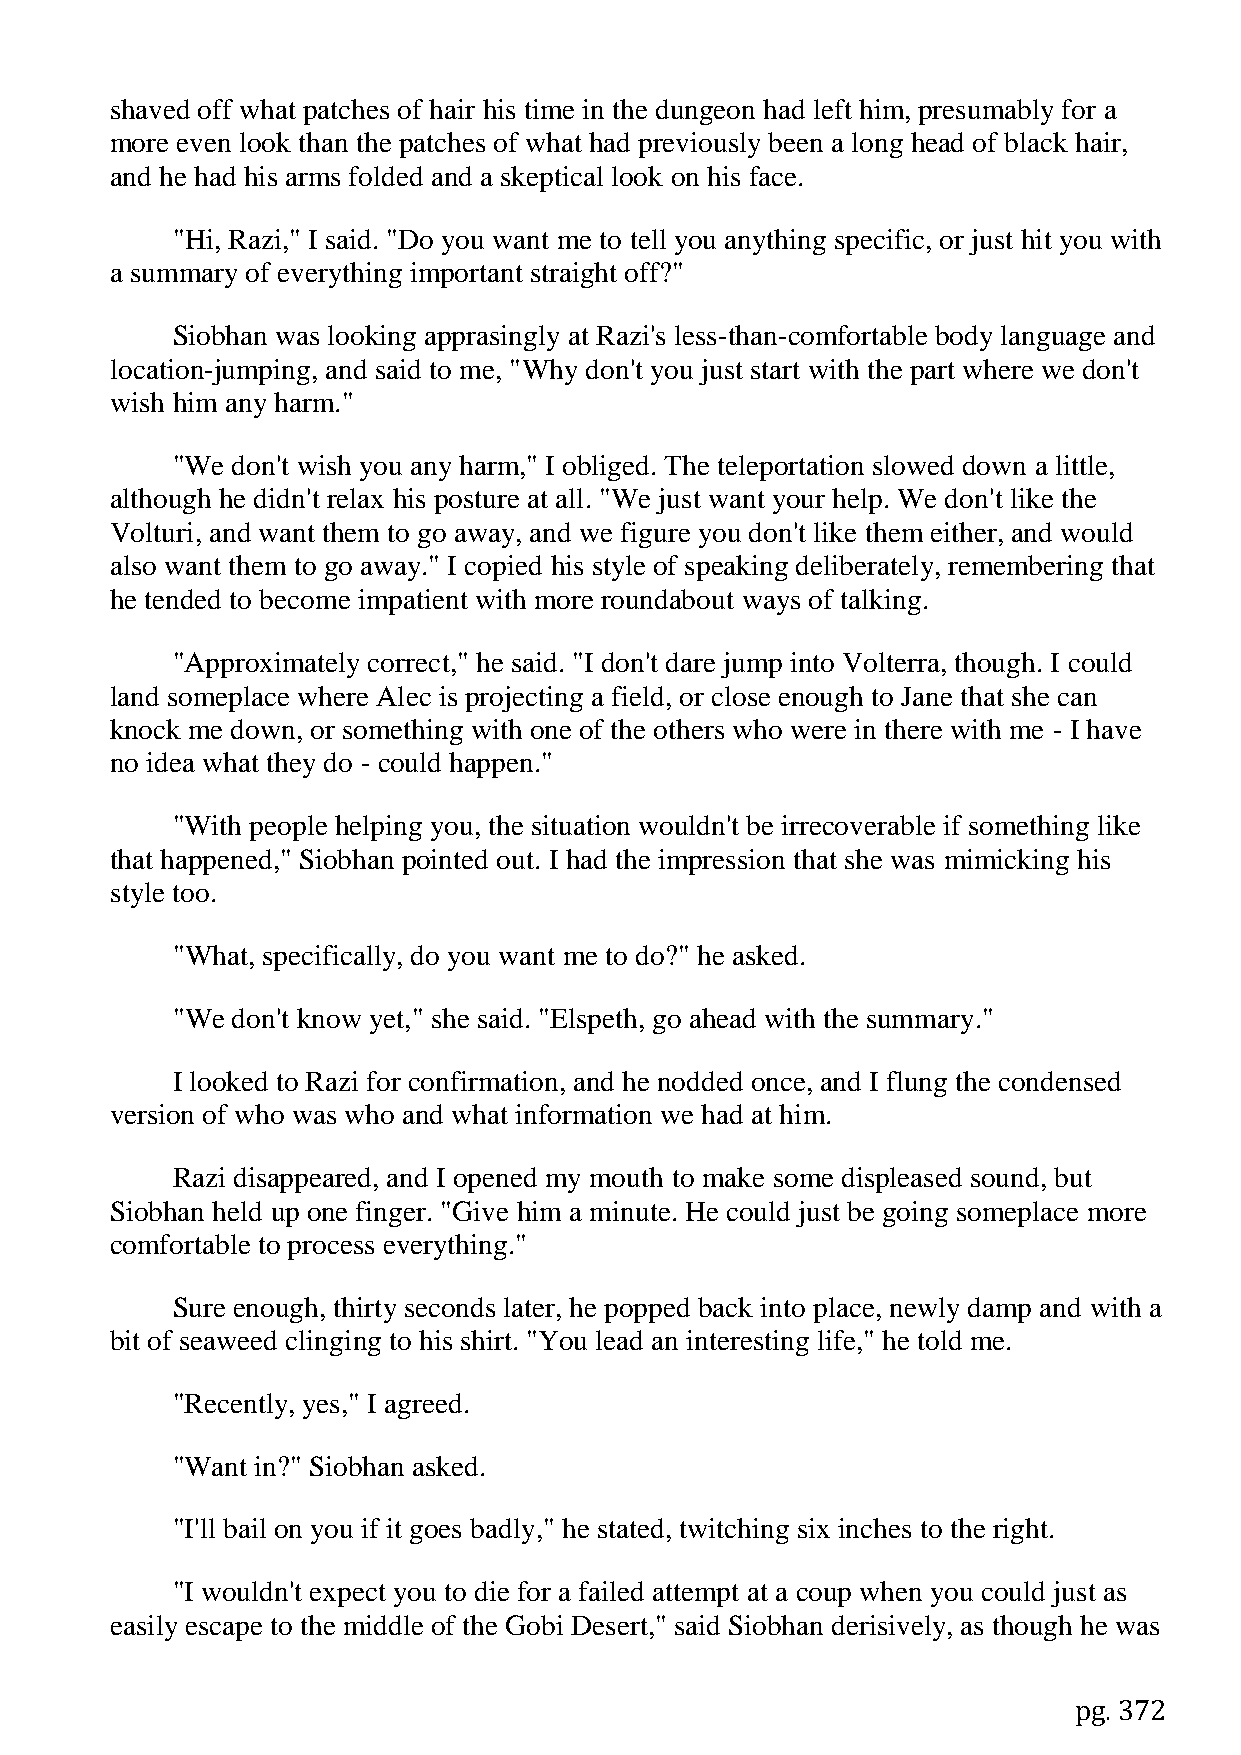
shaved off what patches of hair his time in the dungeon had left him, presumably for a
 more even look than the patches of what had previously been a long head of black hair,
 and he had his arms folded and a skeptical look on his face.
 "Hi, Razi," I said. "Do you want me to tell you anything specific, or just hit you with
 a summary of everything important straight off?"
 Siobhan was looking apprasingly at Razi's less-than-comfortable body language and
 location-jumping, and said to me, "Why don't you just start with the part where we don't
 wish him any harm."
 "We don't wish you any harm," I obliged. The teleportation slowed down a little,
 although he didn't relax his posture at all. "We just want your help. We don't like the
 Volturi, and want them to go away, and we figure you don't like them either, and would
 also want them to go away." I copied his style of speaking deliberately, remembering that
 he tended to become impatient with more roundabout ways of talking.
 "Approximately correct," he said. "I don't dare jump into Volterra, though. I could
 land someplace where Alec is projecting a field, or close enough to Jane that she can
 knock me down, or something with one of the others who were in there with me - I have
 no idea what they do - could happen."
 "With people helping you, the situation wouldn't be irrecoverable if something like
 that happened," Siobhan pointed out. I had the impression that she was mimicking his
 style too.
 "What, specifically, do you want me to do?" he asked.
 "We don't know yet," she said. "Elspeth, go ahead with the summary."
 I looked to Razi for confirmation, and he nodded once, and I flung the condensed
 version of who was who and what information we had at him.
 Razi disappeared, and I opened my mouth to make some displeased sound, but
 Siobhan held up one finger. "Give him a minute. He could just be going someplace more
 comfortable to process everything."
 Sure enough, thirty seconds later, he popped back into place, newly damp and with a
 bit of seaweed clinging to his shirt. "You lead an interesting life," he told me.
 "Recently, yes," I agreed.
 "Want in?" Siobhan asked.
 "I'll bail on you if it goes badly," he stated, twitching six inches to the right.
 "I wouldn't expect you to die for a failed attempt at a coup when you could just as
 easily escape to the middle of the Gobi Desert," said Siobhan derisively, as though he was
 pg. 372